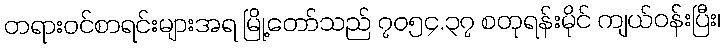
တရားဝင်စာရင်းများအရ မြို့တော်သည် ၇၀၅၄.၃၇ စတုရန်းမိုင် ကျယ်ဝန်းပြီး၊